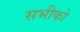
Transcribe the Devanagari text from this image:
सभीको